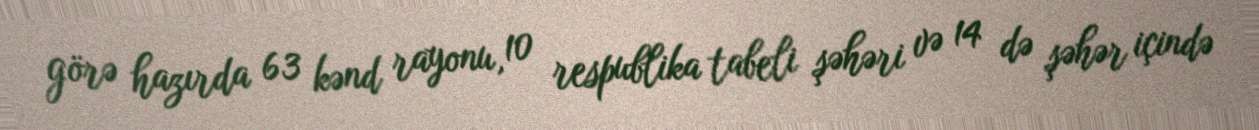
görə hazırda 63 kənd rayonu, 10 respublika tabeli şəhəri və 14 də şəhər içində